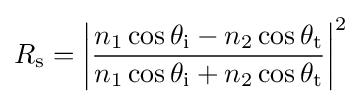
R_{\text{s}}=\left|{\frac {n_{1}\cos \theta _{\text{i}}-n_{2}\cos \theta _{\text{t}}}{n_{1}\cos \theta _{\text{i}}+n_{2}\cos \theta _{\text{t}}}}\right|^{2}